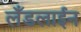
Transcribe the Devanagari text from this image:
लँडलाईन